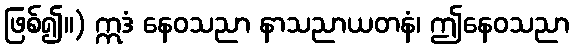
ဖြစ်၍။) ဣဒံ နေဝသညာ နာသညာယတနံ၊ ဤနေဝသညာ